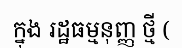
ក្នុង រដ្ឋធម្មនុញ្ញ ថ្មី (